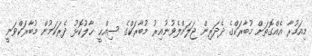
މިއަމުރާ އެއްގޮތަށް މުބާރަކްގެ ދެދަރިން ޖަލަށްލެވުނުއިރު މުބާރަކްގެ ސިއްޙީ ޙާލުކޮޅު ދެރަކަމުން މުބާރަކްވަނީ